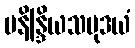
မနိန္ဒြိယသမုဒယံ